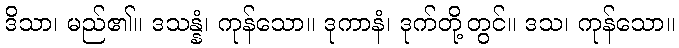
ဒိသာ၊ မည်၏။ ဒသန္နံ၊ ကုန်သော။ ဒုကာနံ၊ ဒုက်တို့တွင်။ ဒသ၊ ကုန်သော။